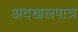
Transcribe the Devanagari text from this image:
अदखलपात्र